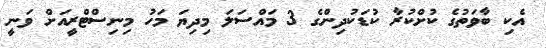
އެކި ބާވަތުގެ ކުށްކުރާ ކުޑަކުދިންގެ 3 މައްސަލަ މިދިޔަ މަހު މިނިސްޓްރީއަށް ވަނީ